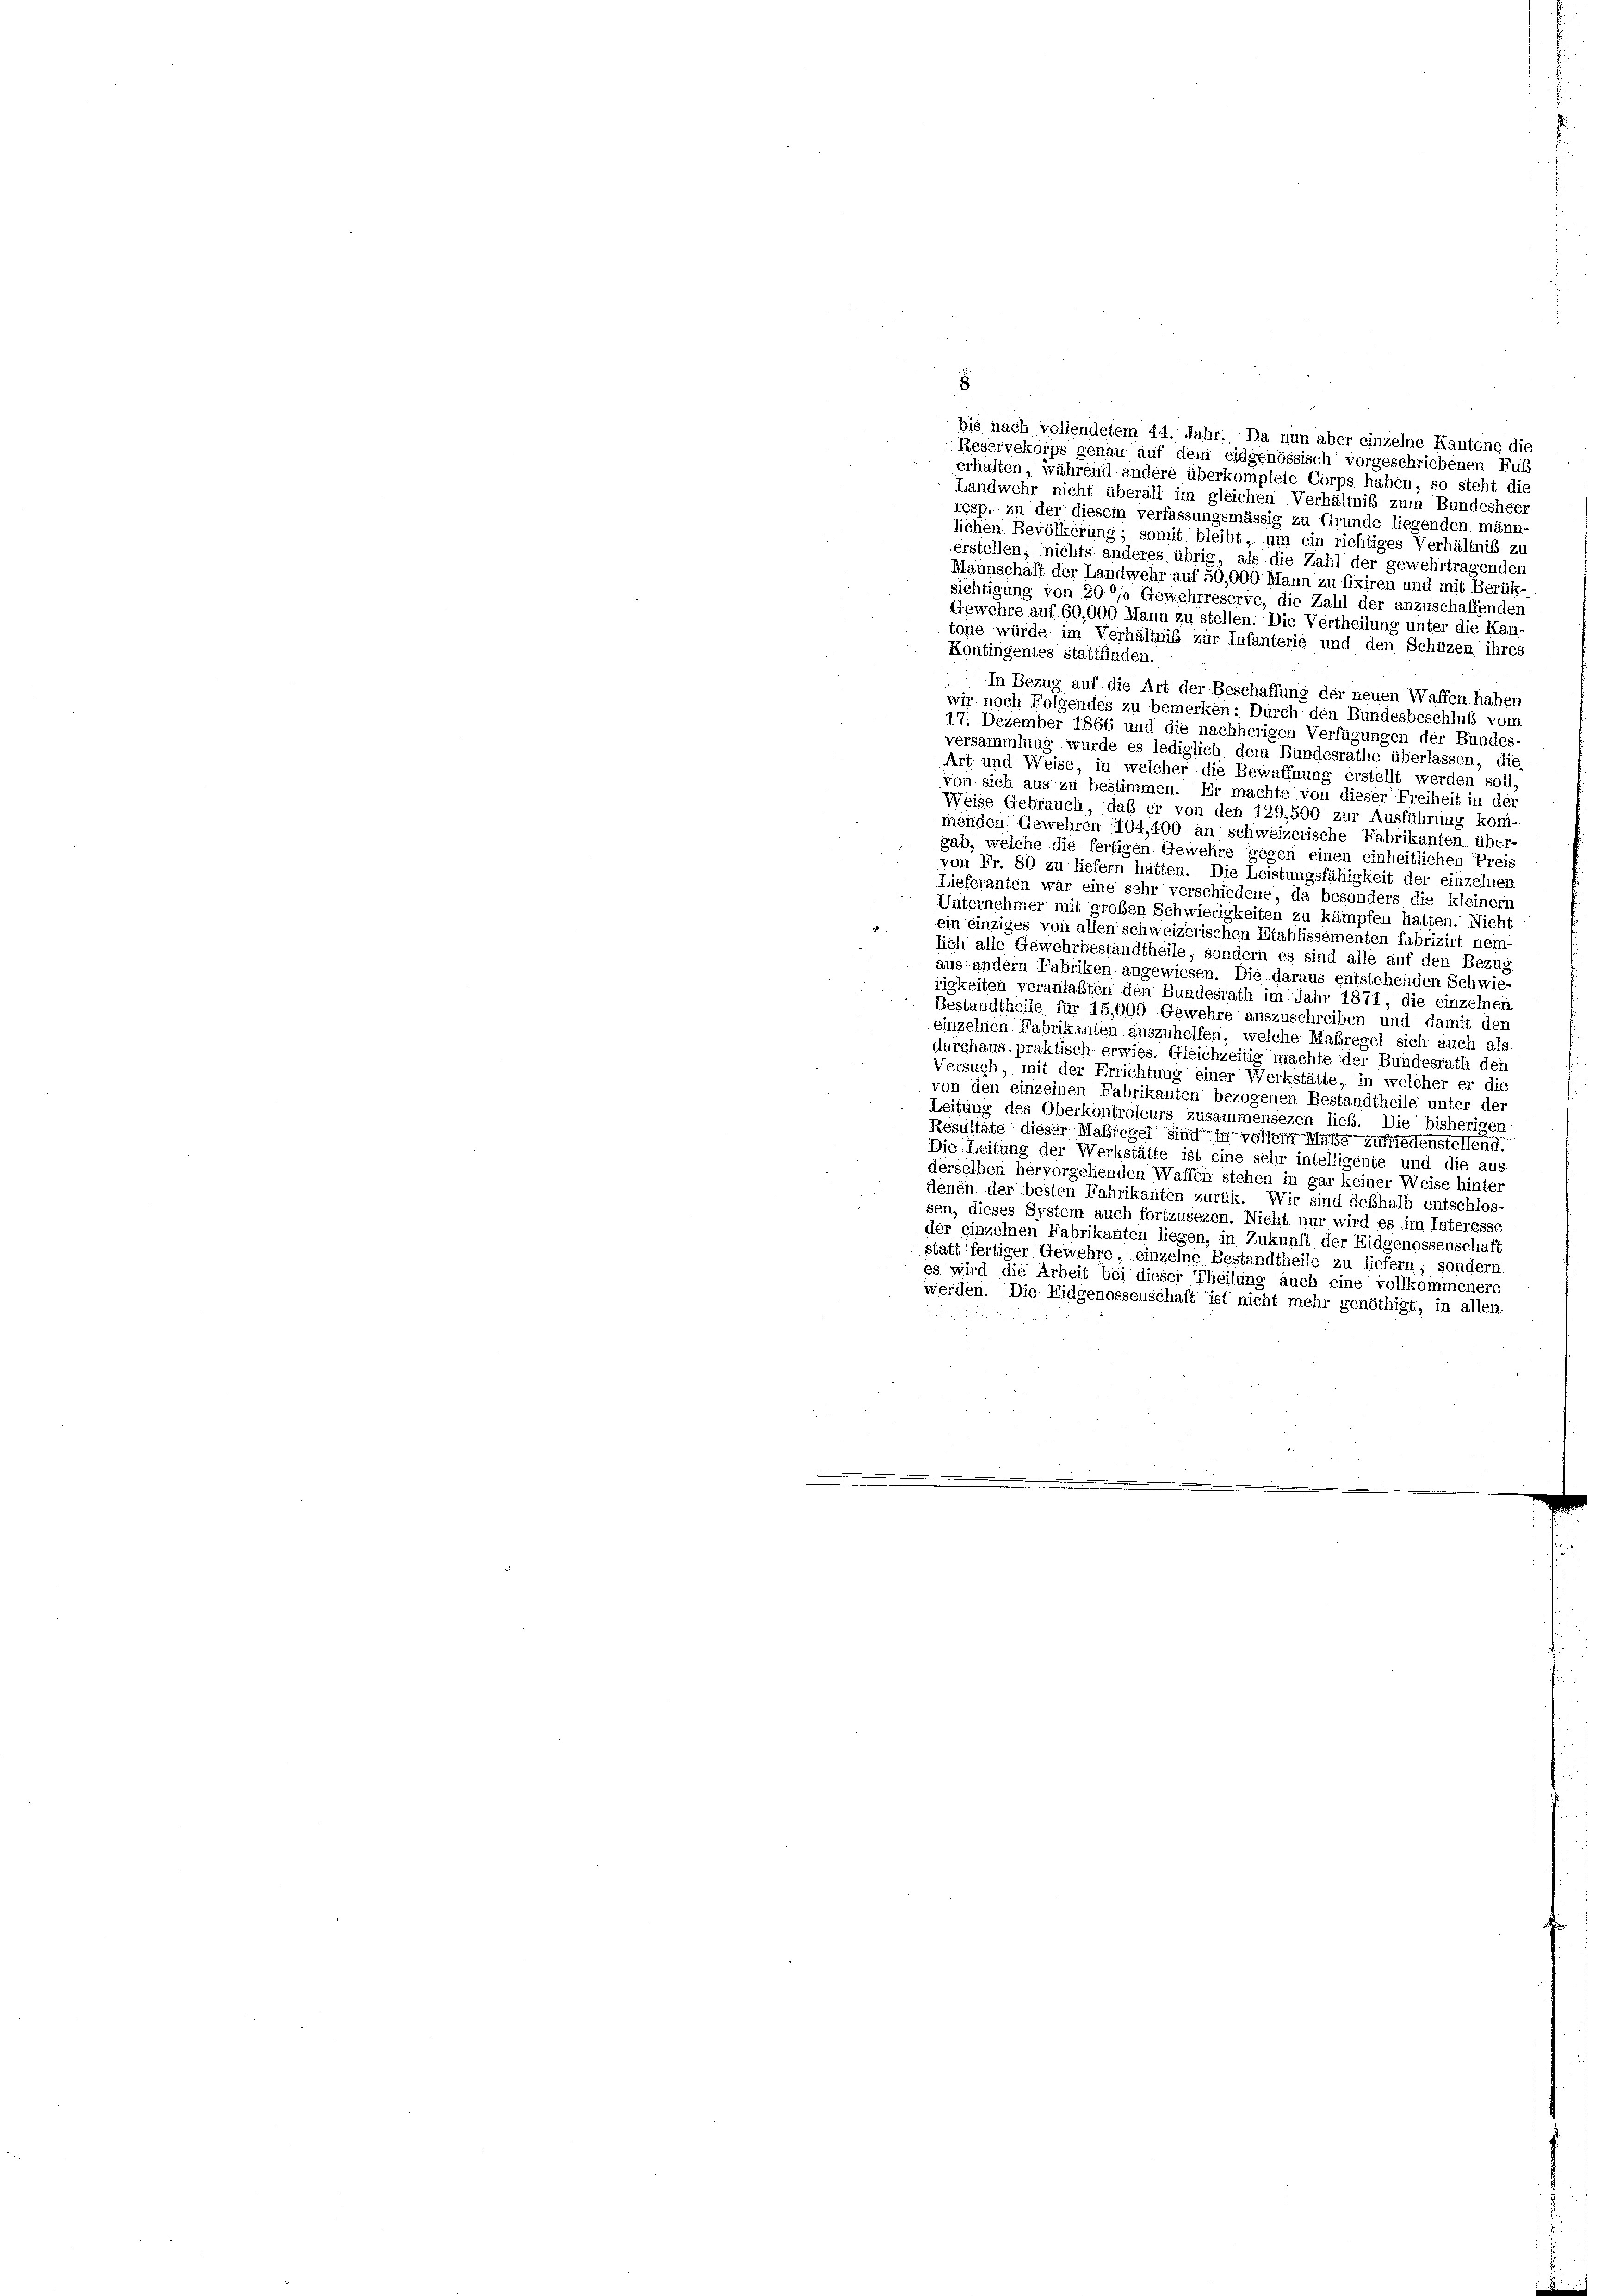
8
bis nach vollendetem 44. Jahr. Da nun aber einzelne Kantone die
Reservekorps genau auf dem eidgenössisch vorgeschriebenen Fuß
erhalten, während andere überkomplete Corps haben, so steht die
Landwehr nicht überall im gleichen Verhältnis zum Bundesheer
resp. zu der diesem verfassungsmässig zu Grunde liegenden männ-
lichen Bevölkerung; somit bleibt, um ein richtiges Verhältnis zu
erstellen, nichts anderes übrig, als die Zahl der gewehrtragenden
Mannschaft der Landwehr auf 50,000 Mann zu fixiren und mit Berük-
sichtigung von 200/o Gewehrreserve, die Zahl der anzuschaffenden
Gewehre auf 60,000 Mann zu stellen. Die Vertheilung unter die Kan-
töne würde im Verhältnis zur Infanterie und den Schüzen ihres
Kontingentes stattfinden.
In Bezug auf die Art der Beschaffung der neuen Waffen haben
wir noch Folgendes zu bemerken: Durch den Bundesbeschluß vom
17. Dezember 1866 und die nachherigen Verfügungen der Bundes-
versammlung wurde es lediglich dem Bundesrathe überlassen, die
Art und Weise, in welcher die Bewaffnung erstellt werden soll,
von sich aus zu bestimmen. Er machte von dieser Freiheit in der
Weise Gebrauch, daß er von den 129,500 zur Ausführung koni-
menden Gewehren 104,400 an schweizerische Fabrikanten über-
gab, welche die fertigen Gewehre gegen einen einheitlichen Preis
von Fr. 80 zu liefern hätten. Die Leistungsfähigkeit der einzelnen
Lieferanten war eine sehr verschiedene, da besonders die kleinern
Unternehmer mit großen Schwierigkeiten zu kämpfen hatten. Nicht
ein einziges von allen schweizerischen Etablissementen fabrizirt nem-
sich alle Gewehrbestandtheile, sondern es sind alle auf den Bezug
aus andern Fabriken angewiesen. Die daraus entstehenden Schwie-
rigkeiten veranlaßten den Bundesrath im Jahr 1871, die einzelnen
Bestandtheile für 15.000 Gewehre auszuschreiben und damit der
einzelnen Fabrikanten auszuhelfen, welche Maßregel sich auch als
durchaus praktisch erwies. Gleichzeitig machte der Bundesrath den
Versuch, mit der Errichtung einer Werkstätte, in welcher er die
von den einzelnen Fabrikanten bezogenen Bestandtheile unter der
Leitung des Oberkontroleurs zusammensezen ließ. Die bisherigen
Resultate dieser Maßregel sind in vollem Maße zufriedenstellend.
Die Leitung der Werkstätte ist eine sehr intelligente und die aus
derselben hervorgehenden Waffen stehen in gar keiner Weise hinter
denen der besten Fahrikanten zurück. Wir sind deßhalb entschlos-
sen, dieses System auch fortzusezen. Nicht nur wird es im Interesse
der einzelnen Fabrikanten liegen, in Zukunft der Eidgenossenschaft
statt fertiger Gewehre, einzelne Bestandtheile zu liefern, sondern
es wird die Arbeit bei dieser Theilung auch eine vollkommenere
werden. Die Eidgenossenschaft ist nicht mehr genöthigt, in allen